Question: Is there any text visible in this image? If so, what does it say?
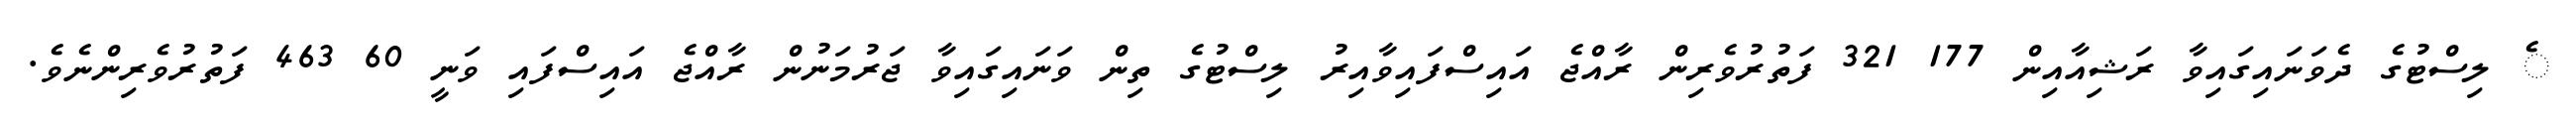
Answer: ެ ލިސްޓުގެ ދެވަނައިގައިވާ ރަޝިއާއިން 177 321 ފަތުރުވެރިން ރާއްޖެ އައިސްފައިވާއިރު ލިސްޓުގެ ތިން ވަނައިގައިވާ ޖަރުމަނުން ރާއްޖެ އައިސްފައި ވަނީ 60 463 ފަތުރުވެރިންނެވެ.